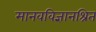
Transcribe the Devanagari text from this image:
मानवविज्ञानश्रित